Newspaper: St. Paul daily globe. [volume]
Place of publication: Saint Paul, Minn.
Publisher: St. Paul Globe Print. Co.
Date: 1885-04-20 00:00:00
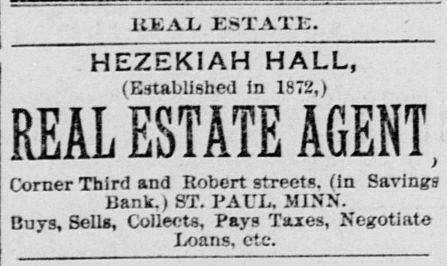
Advertisement text (OCR):
REAL. ESTATE. HEZEKIAH HALL, (Established in 1872,) REAL ESTATE AGENT, Corner Third and Robert streets, (in Savings Bank.) ST. PAUL, MINN. Buys, Sells, Collects, Pays Taxes, Negotiate Loans, etc.
Label: text-only